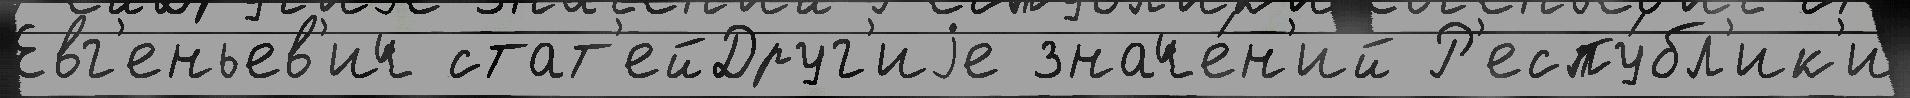
Евг'еньев'ич стат'ейДруг'иjе значе́н'ий Р'еспу́бл'ик'и